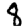
Digit: 8